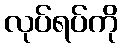
လုပ်ရပ်ကို